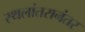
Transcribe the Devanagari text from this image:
स्थलांतरानंतर